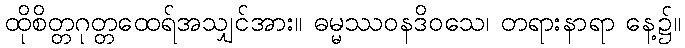
ထိုစိတ္တဂုတ္တထေရ်အသျှင်အား။ ဓမ္မဿဝနဒိဝသေ၊ တရားနာရာ နေ့၌။